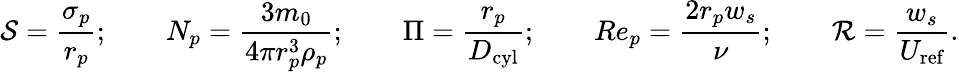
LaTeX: \mathcal{S}=\frac{\sigma_{p}}{r_{p}};\qquad N_{p}=\frac{3m_{0}}{4\pi r_{p}^{3}\rho_{p}};\qquad\Pi=\frac{r_{p}}{D_{\textrm{cyl}}};\qquad Re_{p}=\frac{2r_{p}w_{s}}{\nu};\qquad\mathcal{R}=\frac{w_{s}}{U_{\textrm{ref}}}.